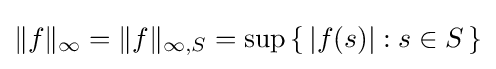
\|f\|_{\infty }=\|f\|_{\infty ,S}=\sup \left\{\,|f(s)|:s\in S\,\right\}